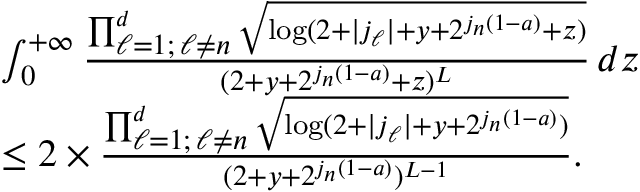
\begin{array} { r l } & { \int _ { 0 } ^ { + \infty } \frac { \prod _ { \substack { \ell = 1 ; \, \ell \neq n } } ^ { d } \sqrt { \log ( 2 + | j _ { \ell } | + y + 2 ^ { j _ { n } ( 1 - a ) } + z ) } } { ( 2 + y + 2 ^ { j _ { n } ( 1 - a ) } + z ) ^ { L } } \, d z } \\ & { \leq 2 \times \frac { \prod _ { \substack { \ell = 1 ; \, \ell \neq n } } ^ { d } \sqrt { \log ( 2 + | j _ { \ell } | + y + 2 ^ { j _ { n } ( 1 - a ) } ) } } { ( 2 + y + 2 ^ { j _ { n } ( 1 - a ) } ) ^ { L - 1 } } . } \end{array}